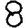
Digit: 8